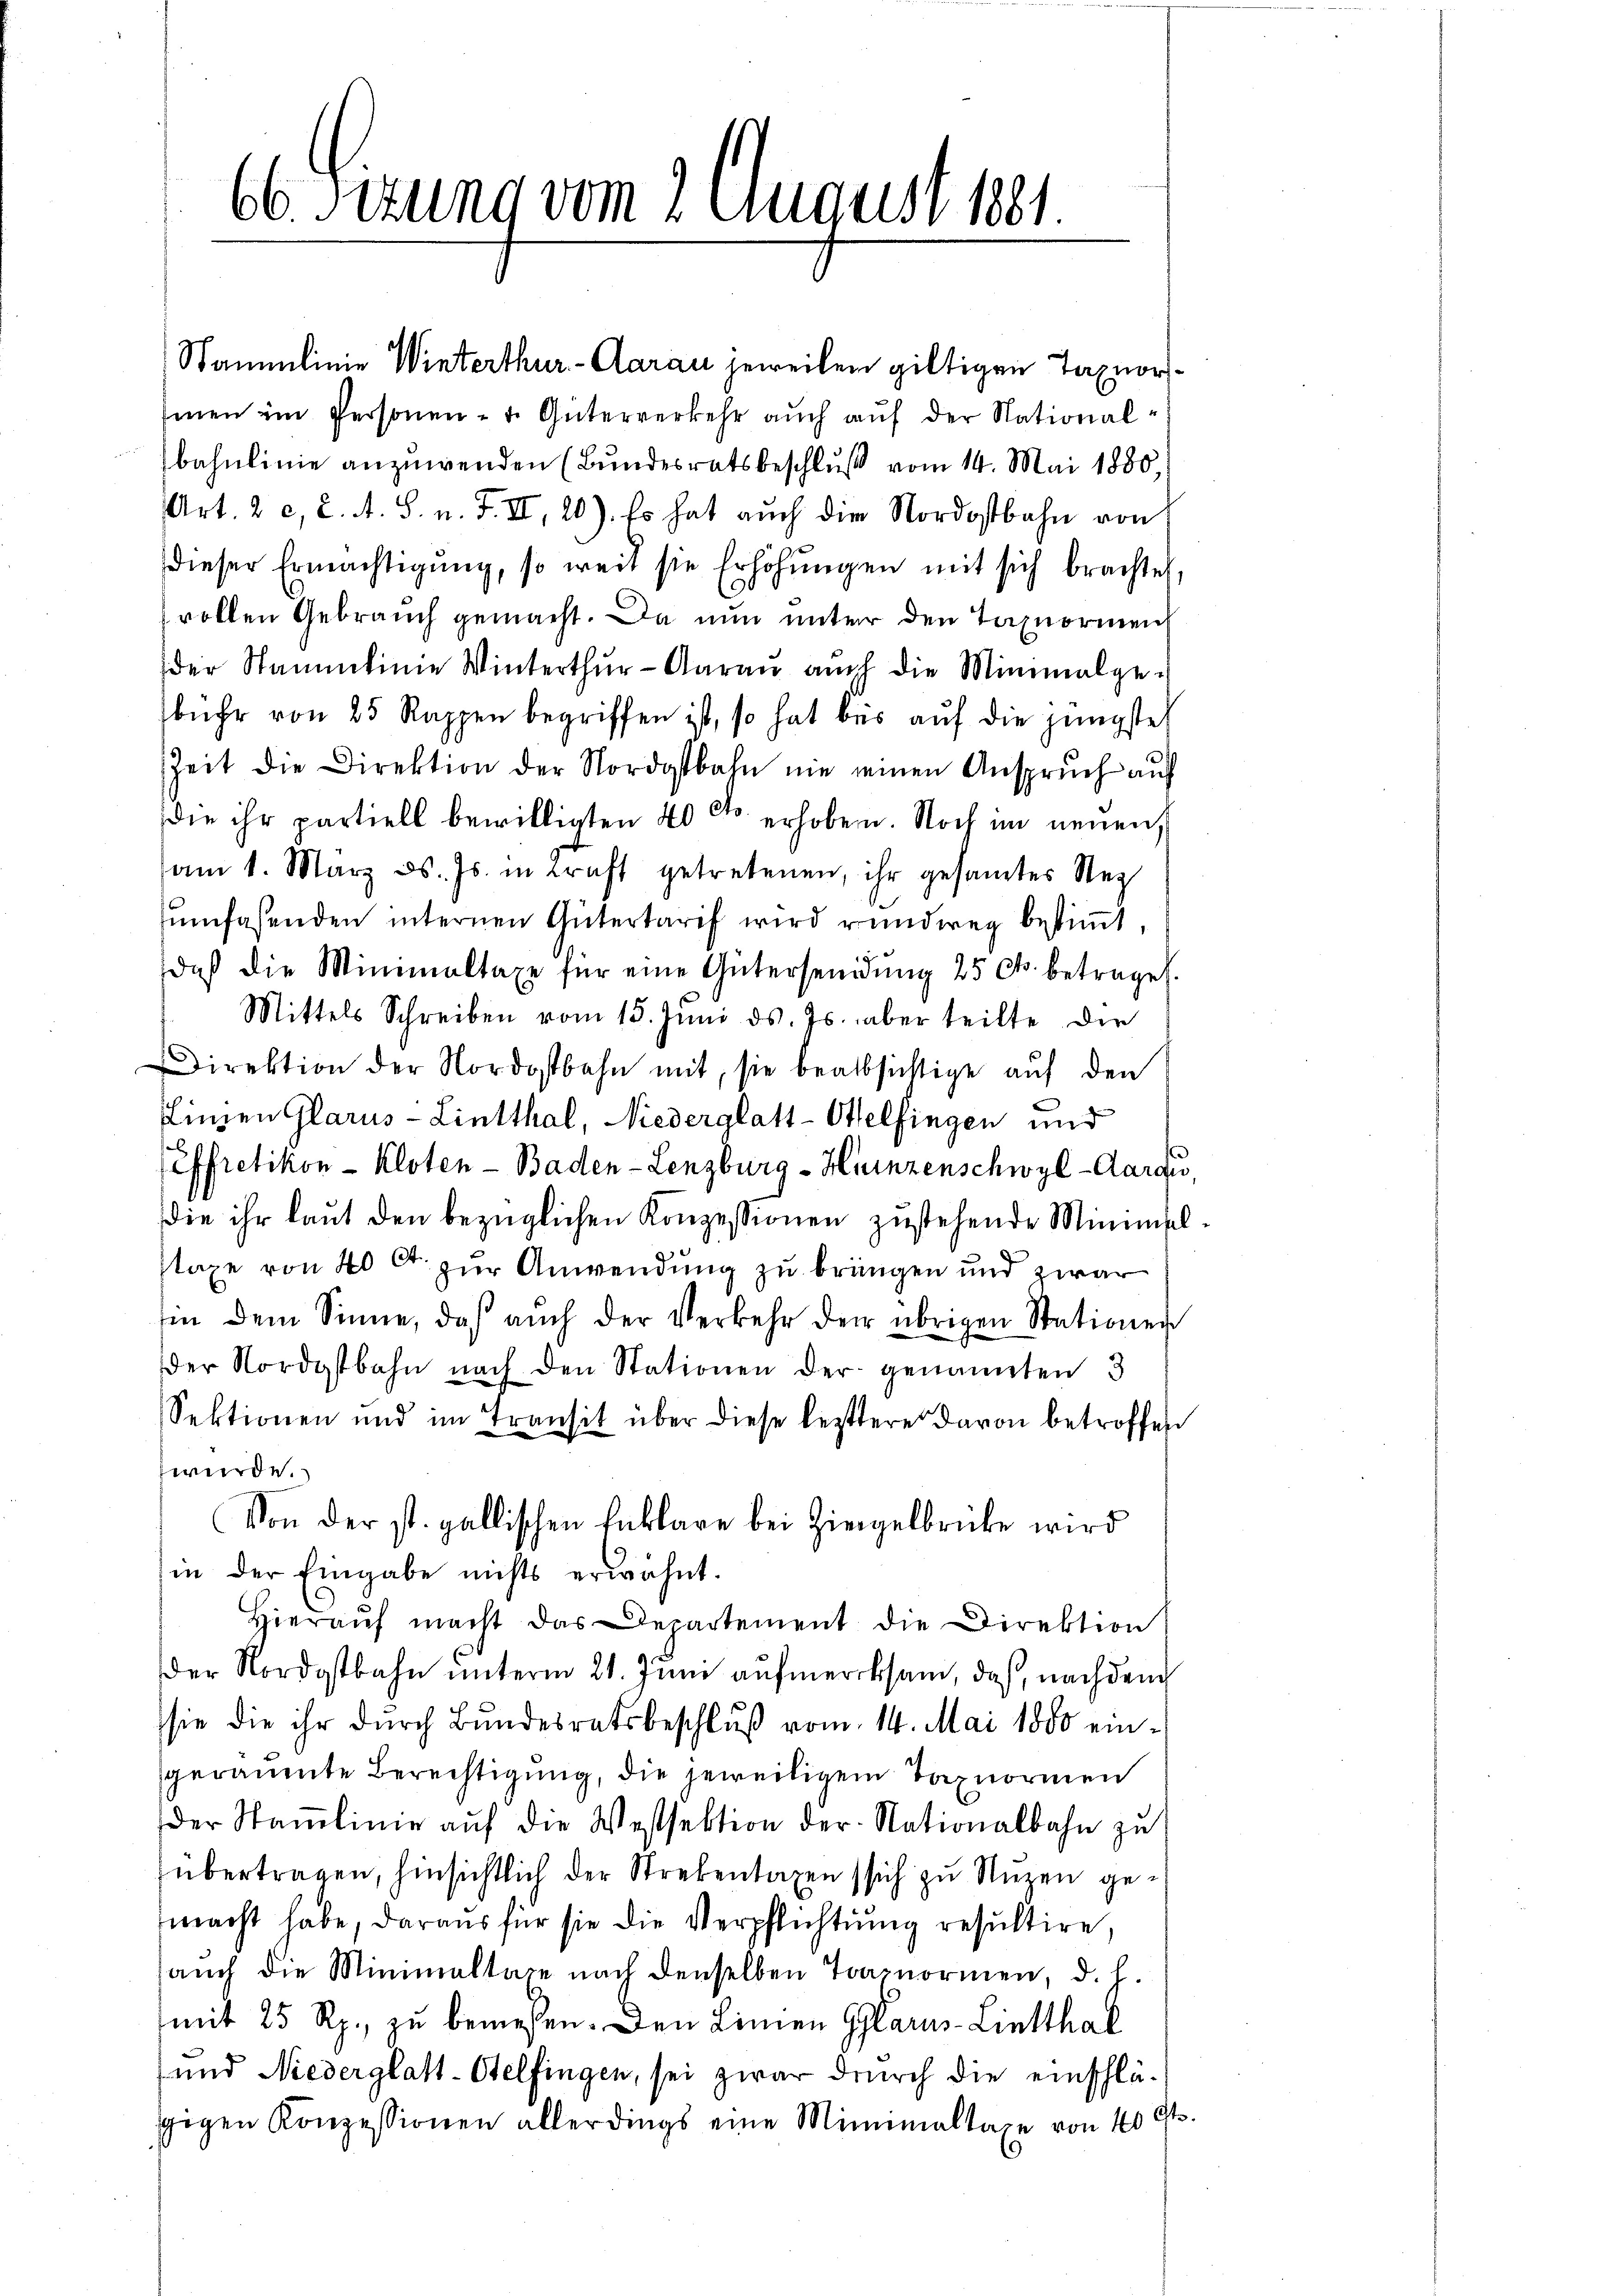
66Sizung vom 2. August 1881.

Stammlinie Winterthur-Aarau jeweilen giltigen Taxorssinen ein Personen - u. Güterverkehr aŭch aŭf der National-
Ibahnlinie anzuwenden (Bundesratsbeschluß vom 14. Mai 1880
Art. 2 c, 2. A. S. n. F. II, 20). Es hat auch die Nordostbahn von
dieser Ermächtigŭng, so weit sie Erhöhŭngen mit sich brachtet,
vollen Gebrauch gemacht. Da nun unter den Tagnormen
der Stammlinie Winterthŭr-Aarau auch die Minimalge-
bühr von 25 Rappen begriffen ist, so hat bis aŭf die jüngste
Zeit die Direktion der Nordostbahn nie seinen Anspruch auf
die ihr partiell bewilligten 40 dto erhoben. Noch im neuen
am 1. März d. Js. in Kraft getretenen, ihr gesamtes Reg
ŭmfassenden internen Gütertarif wird rundweg bestimmt,
daß die Minimaltaxe für eine Gütersendung 25 Cts. betrages.
Mittels Schreiben vom 15. Jŭni d. Js. aber teilte die
Direktion der Nordostbahn mit, sie beabsichtige aŭf den
Linien Glarus - Lintthal, Niederglatt-Otelfingen und
Effretikon - Kloten - Baden-Lenzburg - Hinzenschwyl-Aaraus
die ihr laŭt den bezüglichen Konzessionen zustehende Minimpl
staxe von 40 Ct. zur Anwendung zu bringen und zwar
iin dem Sinne, daβ aŭch der Verkehr der übrigen Stationen
dder Nordostbahn nach den Stationen der genannten 3
Sektionen und im Transit über diese leztere davon betroffen
würde.
Von der st. gallischen Enklare bei Ziegelbrücke wird
in der Eingabe nichts erwähnt.
Hieraŭf macht das Departement die Direktion
der Nordostbahn unterm 21. Juni aufmercksam, daß, nachdem
sie die ihr durch Bundesratsbeschluß vom 14. Mai 1880 eingeräumte Berechtigung, die jeweiligem Taxnormen
der Stamlinie auf die Westsektion der Nationalbahn zu
übertragen, hinsichtlich der Strekentagen sich zu Nuzen gemacht habe, daraus für sie die Verpflichtung resultire,
auch die Minimaltare nach denselben Tranormen, d. h.
mit 25 Rp., zu bewesen. Den Linien Glarus-Lietthal
und Niederglatt-Stelfingen, sei zwar durch die einschlägigen Konzessionen allerdings eine Minimaltaxe von 40 Cts.

e